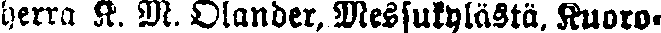
herra K. M. Olander, Messukylästä. Kuoro-